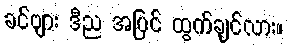
ခင်ဗျား ဒီည အပြင် ထွက်ချင်လား။